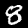
Digit: 8